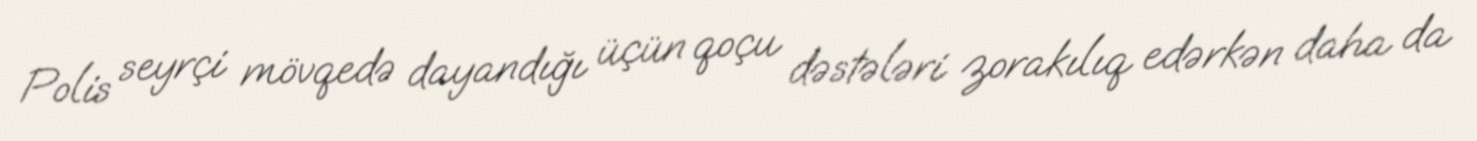
Polis seyrçi mövqedə dayandığı üçün qoçu dəstələri zorakılıq edərkən daha da